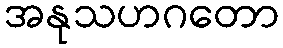
အနုသဟဂတော